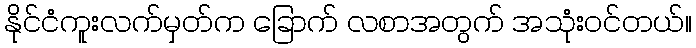
နိုင်ငံကူးလက်မှတ်က ခြောက် လစာအတွက် အသုံးဝင်တယ်။